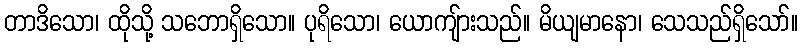
တာဒိသော၊ ထိုသို့ သဘောရှိသော။ ပုရိသော၊ ယောကျ်ားသည်။ မိယျမာနော၊ သေသည်ရှိသော်။